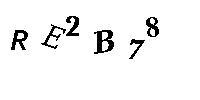
RE2B78